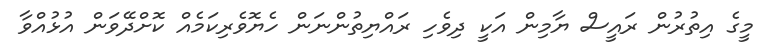
މީގެ އިތުރުން ރައީސް ޔާމިން އަކީ ދިވެހި ރައްޔިތުންނަން ހެޔޮވެރިކަމެއް ކޮށްދޭވަން އުޅުއްވާ